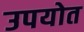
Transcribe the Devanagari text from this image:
उपयोत